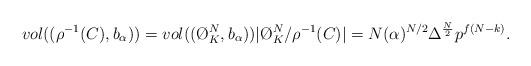
LaTeX: \begin{align*}vol((\rho^{-1}(C),b_\alpha))=vol((\O_K^N,b_\alpha))|\O_K^N/\rho^{-1}(C)|=N(\alpha)^{N/2}\Delta^{\frac{N}{2}}p^{f(N-k)}.\end{align*}